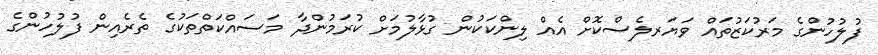
ފުލުހުންގެ މަރުކަޒުތައް ވަޔަރލެސްކޮށް އެއް ލިންކަކުން ގުޅާލުމަށް ކުރަމުންދާ މަސައްކަތްތަކުގެ ތެރެއިން ފުލުހުންގެ